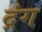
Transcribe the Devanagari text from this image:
द्गंग